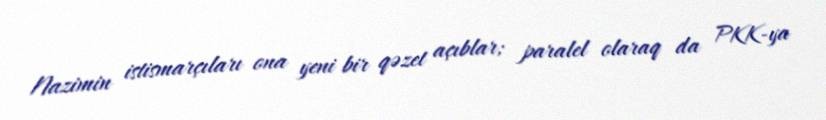
Nazimin istismarçıları ona yeni bir qəzet açıblar; paralel olaraq da PKK-ya